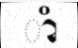
ាំ